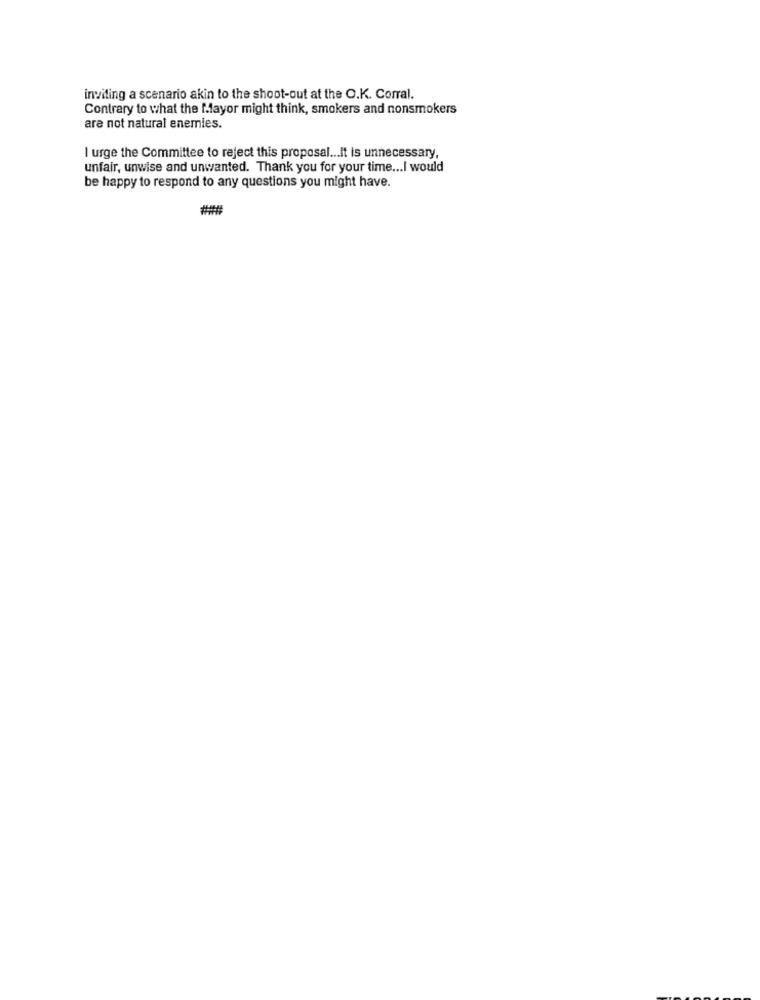
inviting a scenario akin to the shoot-out at the O.K. Corral.
Contrary to what the Mayor might think, smokers and nonsmokers
are not natural enemies.
I urge the Committee to reject this proposal ... it is unnecessary,
unfair, unwise and unwanted. Thank you for your time ... I would
be happy to respond to any questions you might have.
##